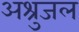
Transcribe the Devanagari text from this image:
अश्रुजल